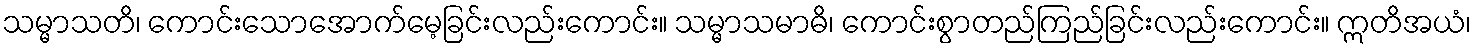
သမ္မာသတိ၊ ကောင်းသောအောက်မေ့ခြင်းလည်းကောင်း။ သမ္မာသမာဓိ၊ ကောင်းစွာတည်ကြည်ခြင်းလည်းကောင်း။ ဣတိအယံ၊